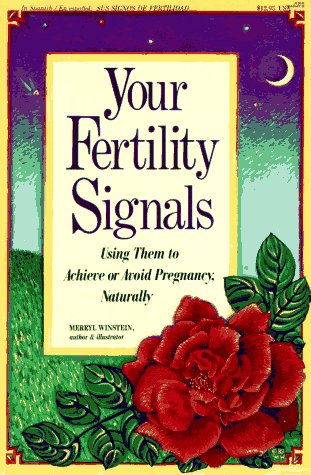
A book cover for Your Fertility Signals: Using Them to Achieve or Avoid Pregnancy Naturally; Merryl Winstein; Parenting & Relationships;